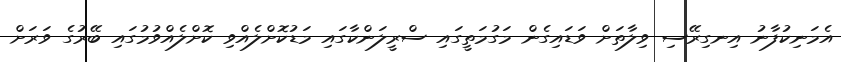
އެމަނިކުފާނު އިނގިރޭސި ވިލާތަށް ވަޑައިގެން މަގުމަތީގައި ސްރީލަންކާގައި މަޑުކޮށްލެއްވި ކޮށްލެއްވުމުގައި ބޭރުގެ ވަރަށް